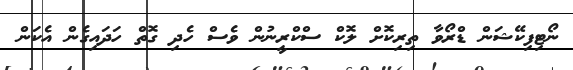
ނޯޓިފިކޭޝަން ޑްރޯވާ ތިރިކޮށް ލޮކް ސްކްރީނުން ވެސް ހެދި ގޮތް ހަދައިގެން އެކަން